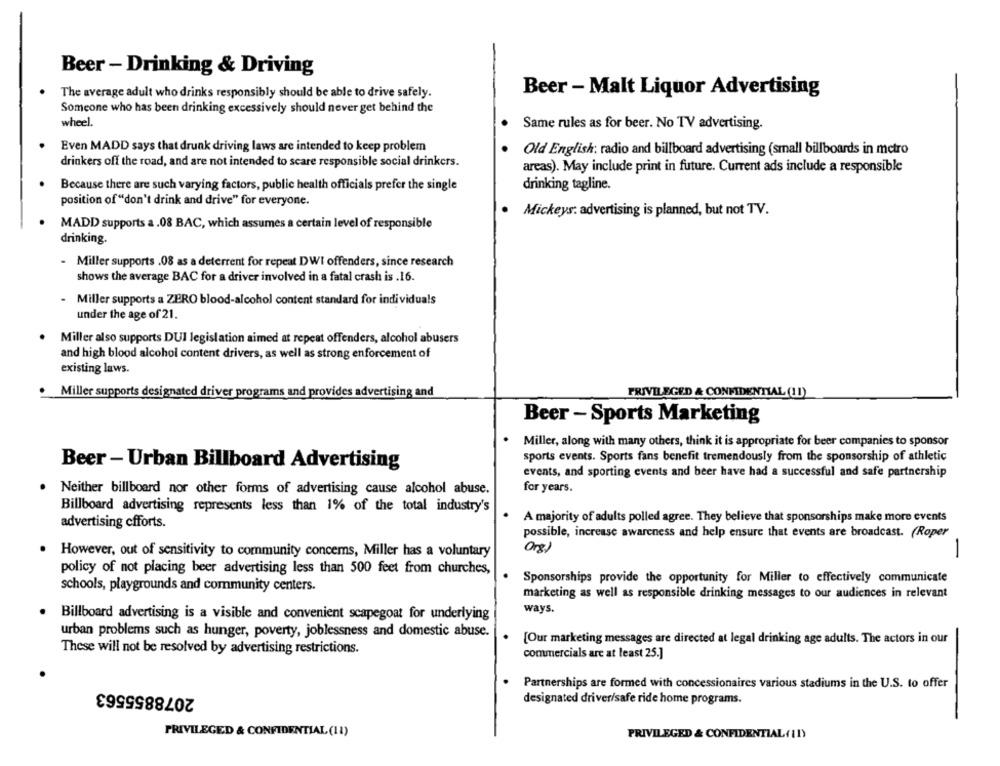
Beer - Drinking & Driving
Beer - Malt Liquor Advertising
The average adult who drinks responsibly should be able to drive safely.
Someone who has been drinking excessively should never get behind the
wheel.
Same rules as for beer. No TV advertising.
Even MADD says that drunk driving laws are intended to keep problem
Old English: radio and billboard advertising (small billboards in metro
drinkers off the road, and are not intended to scare responsible social drinkers.
areas). May include print in future. Current ads include a responsible
Because there are such varying factors, public health officials prefer the single
drinking tagline.
position of "don't drink and drive" for everyone.
Mickeys: advertising is planned, but not TV.
MADD supports a.08 BAC, which assumes a certain level of responsible
drinking.
- Miller supports .08 as a deterrent for repeat DWI offenders, since research
shows the average BAC for a driver involved in a fatal crash is .16.
Miller supports a ZERO blood-alcohol content standard for individuals
under the age of 21.
. Miller also supports DUI legislation aimed at repeat offenders, alcohol abusers
and high blood alcohol content drivers, as well as strong enforcement of
existing laws.
Miller supports designated driver programs and provides advertising and
PRIVILEGED & CONFIDENTIAL (11)
Beer - Sports Marketing
Miller, along with many others, think it is appropriate for beer companies to sponsor
sports events. Sports fans benefit tremendously from the sponsorship of athletic
Beer - Urban Billboard Advertising
events, and sporting events and beer have had a successful and safe partnership
Neither billboard nor other forms of advertising cause alcohol abuse.
for years.
Billboard advertising represents less than 1% of the total industry's
A majority of adults polled agree. They believe that sponsorships make more events
advertising cfforts.
possible, increase awareness and help ensure that events are broadcast. (Roper
Org)
. However, out of sensitivity to community concems, Miller has a voluntary
-
policy of not placing beer advertising less than 500 feet from churches,
Sponsorships provide the opportunity for Miller to effectively communicate
schools, playgrounds and community centers.
marketing as well as responsible drinking messages to our audiences in relevant
ways.
. Billboard advertising is a visible and convenient scapegoat for underlying
urban problems such as hunger, poverty, joblessness and domestic abuse.
[Our marketing messages are directed at legal drinking age adults. The actors in our
These will not be resolved by advertising restrictions.
commercials are at least 25.]
2078855563
Partnerships are formed with concessionaires various stadiums in the U.S. to offer
designated driver/safe ride home programs.
PRIVILEGED & CONFIDENTIAL (11)
PRIVILEGED & CONFIDENTIAL (11)